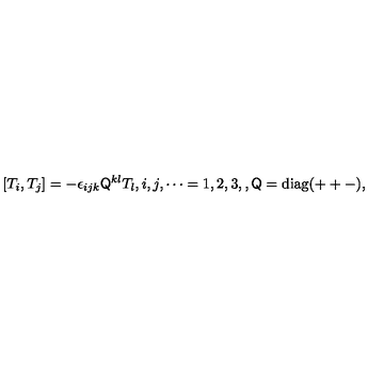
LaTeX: [ T _ { i } , T _ { j } ] = - \epsilon _ { i j k } \mathsf { Q } ^ { k l } T _ { l } , i , j , \cdots = 1 , 2 , 3 , , \mathsf { Q } = \mathrm { d i a g } ( + + - ) ,